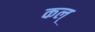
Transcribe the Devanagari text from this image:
कल्